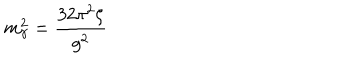
m _ { \gamma } ^ { 2 } = \frac { 3 2 \pi ^ { 2 } \zeta } { g ^ { 2 } }